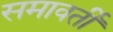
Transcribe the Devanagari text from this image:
समावर्ती